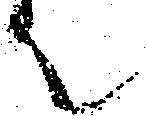
て